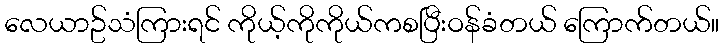
လေယာဥ်သံကြားရင် ကိုယ့်ကိုကိုယ်ကစပြီးဝန်ခံတယ် ကြောက်တယ်။